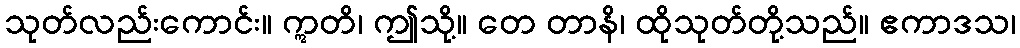
သုတ်လည်းကောင်း။ ဣတိ၊ ဤသို့။ တေ တာနိ၊ ထိုသုတ်တို့သည်။ ဧကာဒသ၊